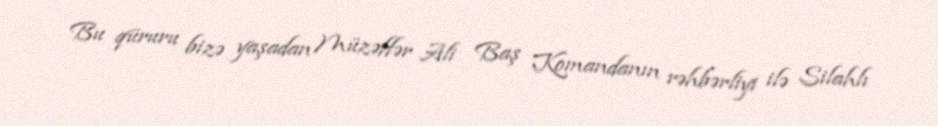
Bu qüruru bizə yaşadan Müzəffər Ali Baş Komandanın rəhbərliyi ilə Silahlı